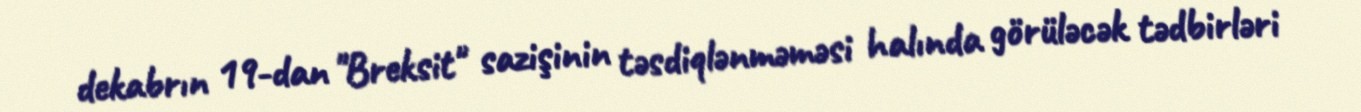
dekabrın 19-dan "Breksit" sazişinin təsdiqlənməməsi halında görüləcək tədbirləri